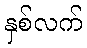
နှစ်လက်